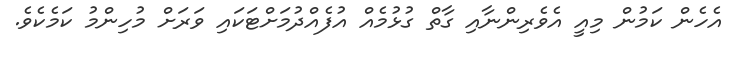
އެހެން ކަމުން މިއީ އެވެރިންނާއި ގާތް ގުޅުމެއް އުފެއްދުމަށްޓަކައި ވަރަށް މުހިންމު ކަމެކެވެ.